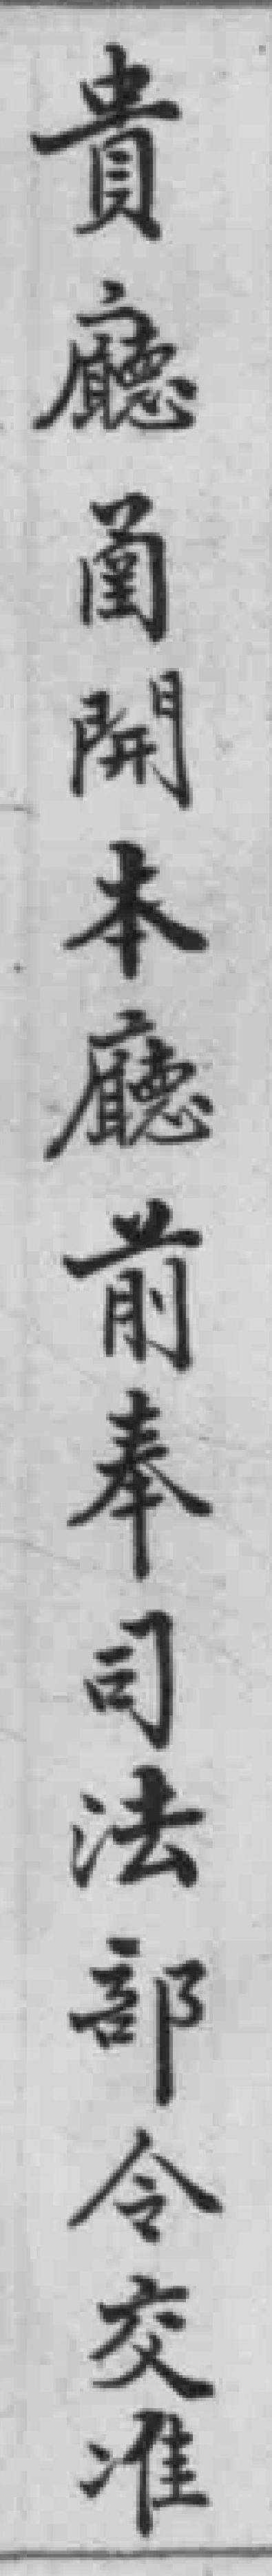
貴廳蘭開本廳前奉司法部令交准